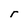
Character: r